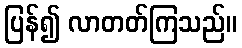
ပြန်၍ လာတတ်ကြသည်။